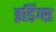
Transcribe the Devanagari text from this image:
इडिंग्स